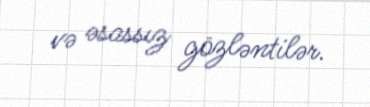
və əsassız gözləntilər.